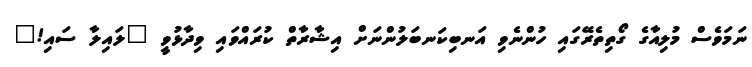
ނަމަވެސް މުލިއާގެ ގޯތިތެރޭގައި ހުންނެވި އަނބިކަނބަލުންނަށް އިޝާރާތް ކުރައްވައި ވިދާޅުވީ "ލައިލާ ސައި!"